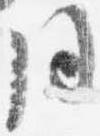
同